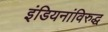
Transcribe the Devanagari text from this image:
इंडियनांविरुद्ध